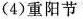
(4)重阳节